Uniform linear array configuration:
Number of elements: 64
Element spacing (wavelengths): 0.25
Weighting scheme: hann
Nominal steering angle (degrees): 15
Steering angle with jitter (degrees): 14.226
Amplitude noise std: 0.05
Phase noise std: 0.05

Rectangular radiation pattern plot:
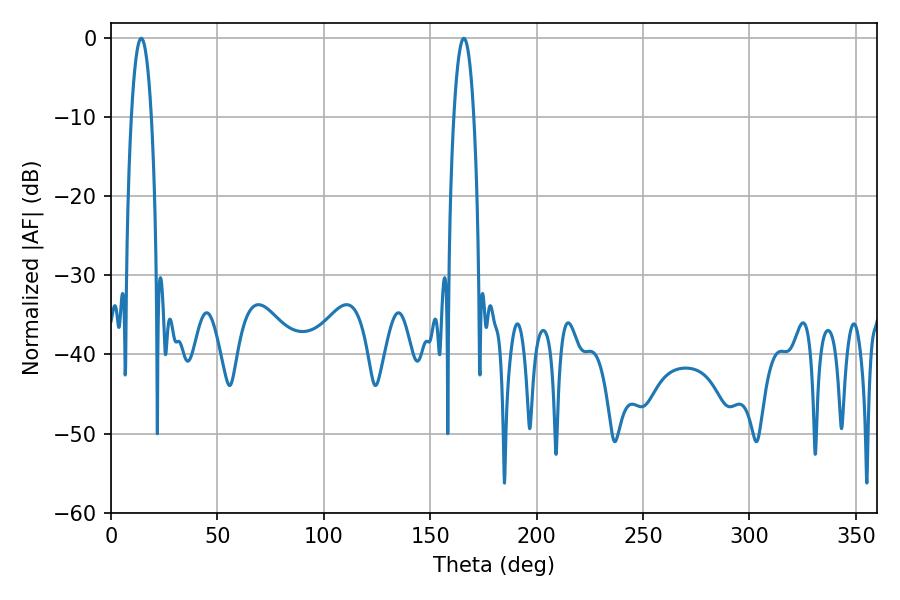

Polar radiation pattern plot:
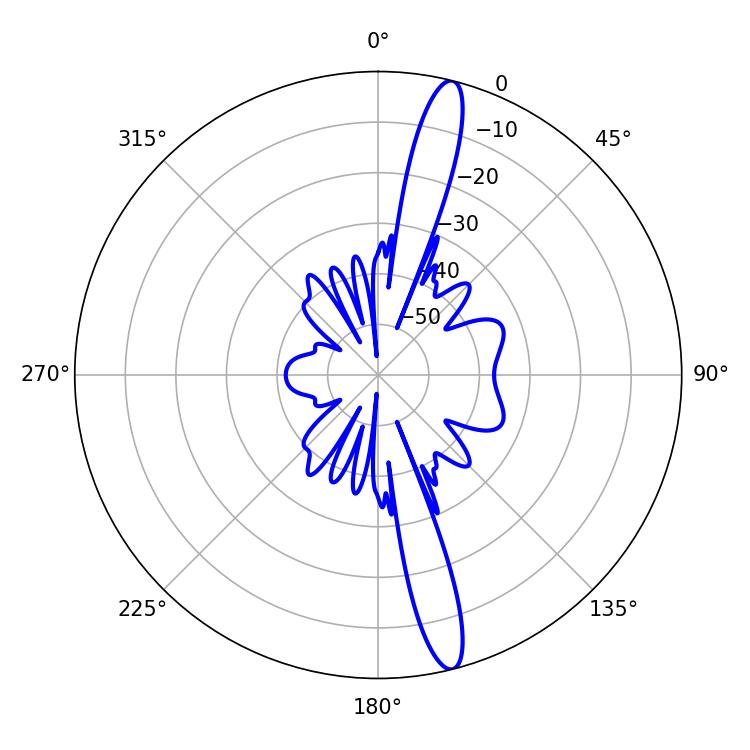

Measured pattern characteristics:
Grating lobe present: FALSE
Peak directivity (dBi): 16.155
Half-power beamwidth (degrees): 5.22
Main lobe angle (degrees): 14.22